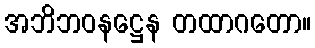
အဘိဘဝနဋ္ဌေန တထာဂတော။